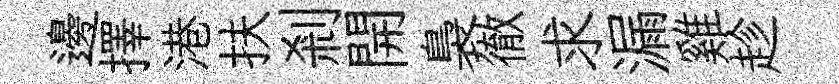
邊擇港扶剎開裊徹求漏雞趁